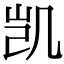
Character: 凯